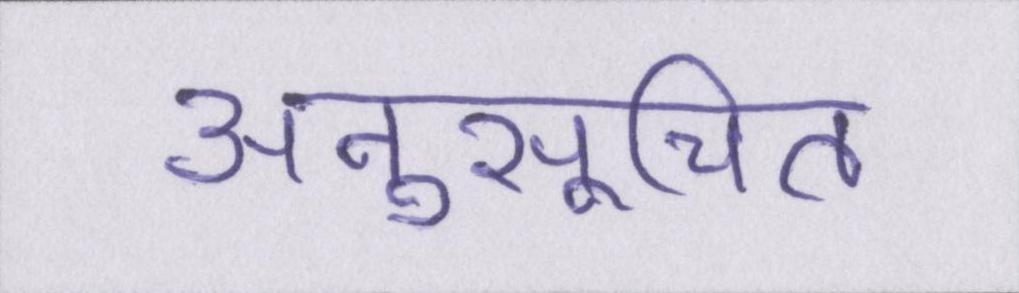
अनुसूचित